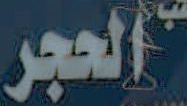
الحجر